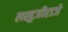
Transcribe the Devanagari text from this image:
लखुजीराजे